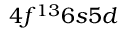
4 f ^ { 1 3 } 6 s 5 d